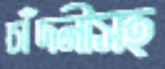
চাঁদনীসহ